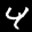
Label: 4